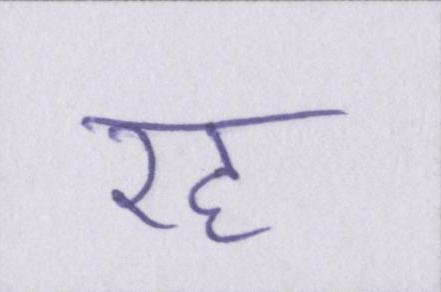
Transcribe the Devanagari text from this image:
रह